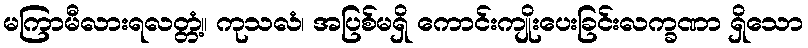
မကြာမီလားရလတ္တံ့။ ကုသလံ၊ အပြစ်မရှိ ကောင်းကျိုးပေးခြင်းလက္ခဏာ ရှိသော